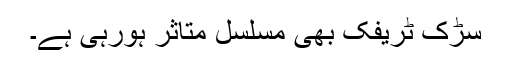
سڑک ٹریفک بھی مسلسل متاثر ہورہی ہے۔